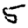
Digit: 5